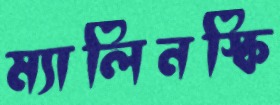
ম্যালিনস্কি